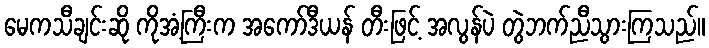
မေကသီချင်းဆို ကိုအံ့ကြီးက အကော်ဒီယန် တီးဖြင့် အလွန်ပဲ တွဲဘက်ညီသွားကြသည်။